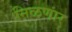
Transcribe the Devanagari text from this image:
निळणार